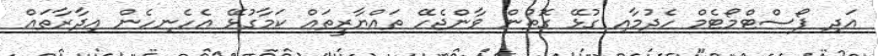
އަދި ޕޯސްޓްމޯޓެމް ހެދުމާއި ގުޅޭ ގޮތުން ވާންޖެހޭ ތައްޔާރީތައް ކަމާގުޅޭ އެހެނިހެން އިދާރާތައް